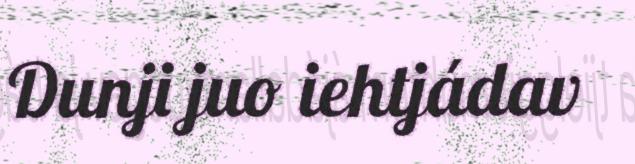
Dunji juo iehtjádav